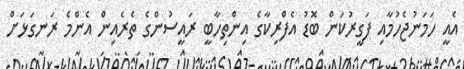
އެއީ ހަމަނުޖެހުމާއި ފަގީރުކަން ބޮޑު އެފްރިކާގެ އިންތިހާބީ ރައީސުންގެ ތެރެއިން އެންމެ ރަނގަޅަށް